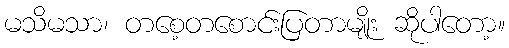
မသိမသာ၊ တစေ့တစောင်းပြတာမျိုး ဆိုပါတော့။